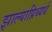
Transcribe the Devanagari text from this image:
झाल्याप्रिथ्यर्थ